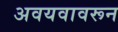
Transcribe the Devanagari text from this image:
अवयवावरून